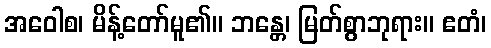
အဝေါစ၊ မိန့်တော်မူ၏။ ဘန္တေ၊ မြတ်စွာဘုရား။ ဧတံ၊